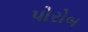
પોરોબ